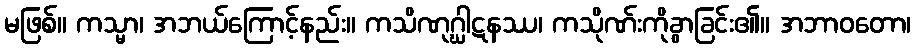
မဖြစ်။ ကသ္မာ၊ အဘယ်ကြောင့်နည်း။ ကသိဏုဂ္ဃါဋနဿ၊ ကသိုဏ်းကိုခွာခြင်း၏။ အဘာဝတော၊